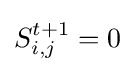
S_{i,j}^{t+1}=0